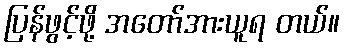
ပြန်ဖွင့်ဖို့ အတော်အားယူရ တယ်။